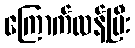
ကြောက်လန့်ပြီး